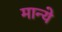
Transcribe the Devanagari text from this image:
मान्ये